Lunatic asylums Central Provinces reports 1910-1926 - 1910-1926
Year: 1910
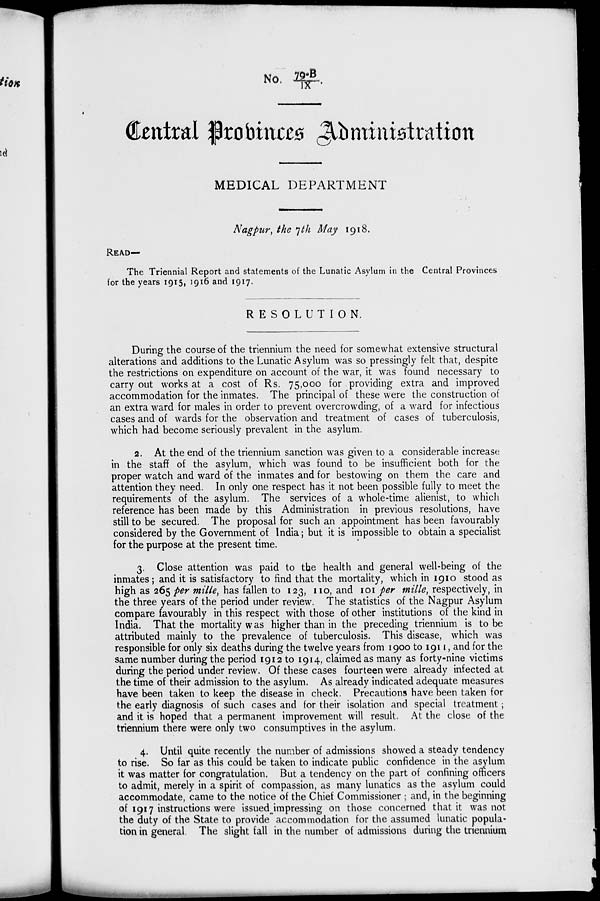
No. 79-B/IX.
Central Provinces Administration
MEDICAL DEPARTMENT
Nagpur, the 7th May 1918.
READ—
The Triennial Report and statements of the Lunatic Asylum in the Central Provinces
for the years 1915, 1916 and 1917.
RESOLUTION.
During the course of the triennium the need for somewhat extensive structural
alterations and additions to the Lunatic Asylum was so pressingly felt that, despite
the restrictions on expenditure on account of the war, it was found necessary to
carry out works at a cost of Rs. 75,000 for providing extra and improved
accommodation for the inmates. The principal of these were the construction of
an extra ward for males in order to prevent overcrowding, of a ward for infectious
cases and of wards for the observation and treatment of cases of tuberculosis,
which had become seriously prevalent in the asylum.
2. At the end of the triennium sanction was given to a considerable increase
in the staff of the asylum, which was found to be insufficient both for the
proper watch and ward of the inmates and for bestowing on them the care and
attention they need. In only one respect has it not been possible fully to meet the
requirements of the asylum. The services of a whole-time alienist, to which
reference has been made by this Administration in previous resolutions, have
still to be secured. The proposal for such an appointment has been favourably
considered by the Government of India ; but it is impossible to obtain a specialist
for the purpose at the present time.
3. Close attention was paid to the health and general well-being of the
inmates; and it is satisfactory to find that the mortality, which in 1910 stood as
high as 265 per mille, has fallen to 123, 110, and 101 per mille, respectively, in
the three years of the period under review. The statistics of the Nagpur Asylum
compare favourably in this respect with those of other institutions of the kind in
India. That the mortality was higher than in the preceding triennium is to be
attributed mainly to the prevalence of tuberculosis. This disease, which was
responsible for only six deaths during the twelve years from 1900 to 1911, and for the
same number during the period 1912 to 1914, claimed as many as forty-nine victims
during the period under review. Of these cases fourteen were already infected at
the time of their admission to the asylum. As already indicated adequate measures
have been taken to keep the disease in check. Precautions have been taken for
the early diagnosis of such cases and for their isolation and special treatment ;
and it is hoped that a permanent improvement will result. At the close of the
triennium there were only two consumptives in the asylum.
4. Until quite recently the number of admissions showed a steady tendency
to rise. So far as this could be taken to indicate public confidence in the asylum
it was matter for congratulation. But a tendency on the part of confining officers
to admit, merely in a spirit of compassion, as many lunatics as the asylum could
accommodate, came to the notice of the Chief Commissioner ; and, in the beginning
of 1917 instructions were issued impressing on those concerned that it was not
the duty of the State to provide accommodation for the assumed lunatic popula-
tion in general. The slight fall in the number of admissions during the triennium